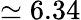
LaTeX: \simeq 6.34